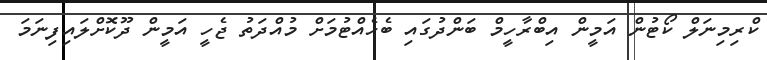
ކްރިމިނަލް ކޯޓުން އަމީން އިބްރާހީމް ބަންދުގައި ބެހެއްޓުމަށް މުއްދަތު ޖެހީ އަމީން ދޫކޮށްލައިފިނަމަ